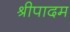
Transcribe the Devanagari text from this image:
श्रीपादम